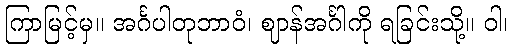
ကြာမြင့်မှ။ အင်္ဂပါတုဘာဝံ၊ ဈာန်အင်္ဂါကို ရခြင်းသို့။ ဝါ၊